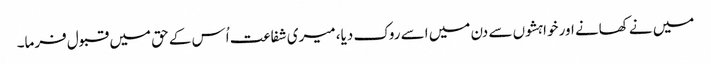
میں نے کھانے اور خواہشوں سے دن میں اسے روک دیا، میری شفاعت اُس کے حق میں قبول فرما۔